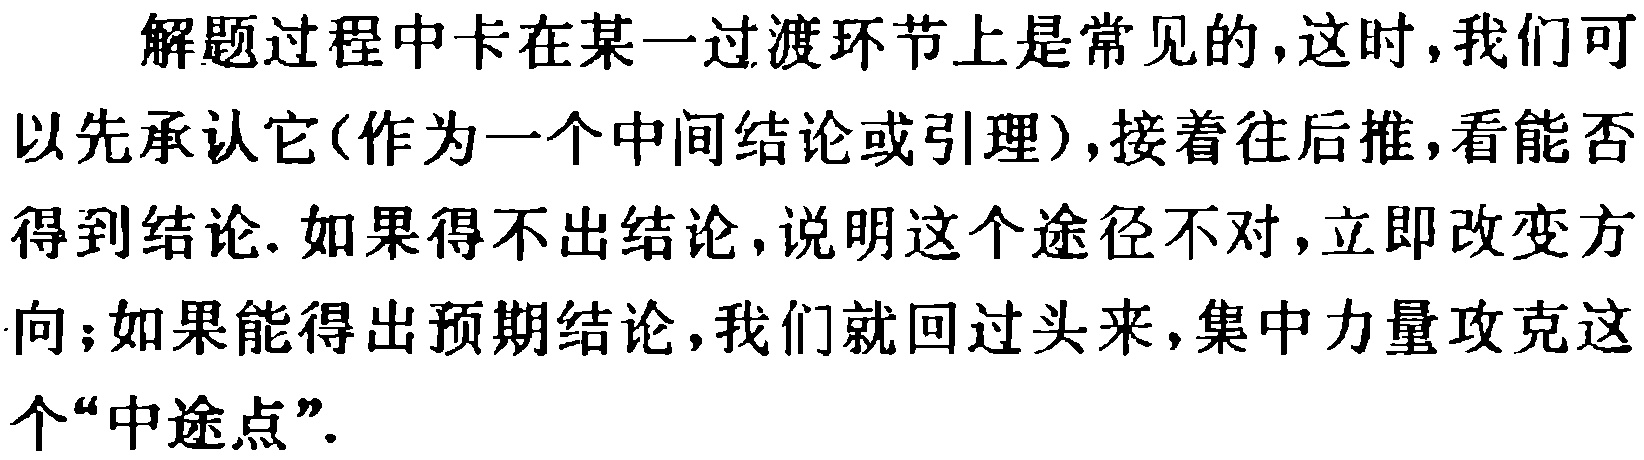
解题过程中卡在某一过渡环节上是常见的,这时,我们可以先承认它(作为一个中间结论或引理),接着往后推,看能否得到结论. 如果得不出结论,说明这个途径不对,立即改变方向;如果能得出预期结论,我们就回过头来,集中力量攻克这个“中途点”.